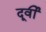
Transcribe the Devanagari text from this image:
दूर्वी